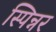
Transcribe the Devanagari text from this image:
स्पिन्नर